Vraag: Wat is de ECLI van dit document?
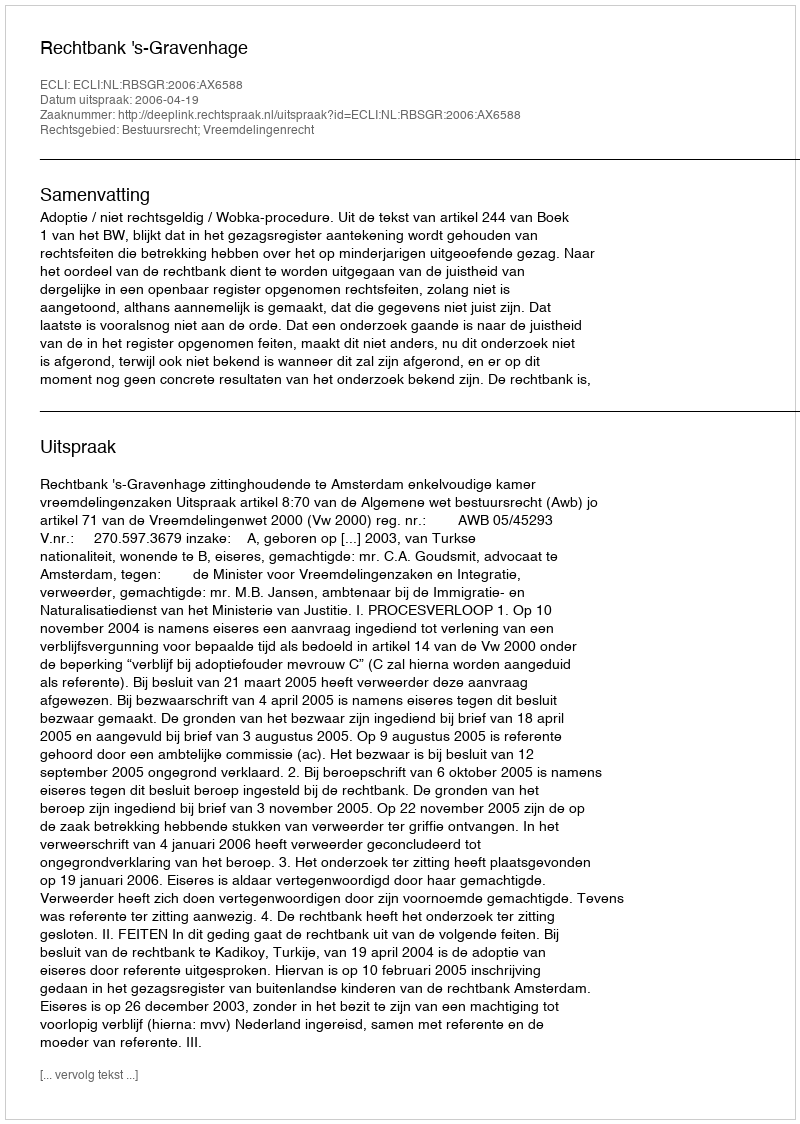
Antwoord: ECLI:NL:RBSGR:2006:AX6588